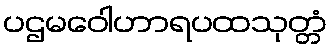
ပဌမဝေါဟာရပထသုတ္တံ